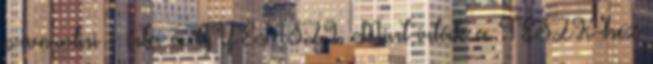
orvosolni - írta a GYEMSZI. Mint írták a TESZK-hez